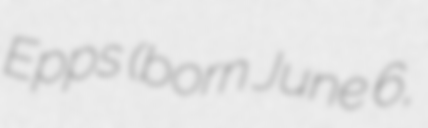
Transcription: Epps (born June 6,